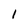
Character: 1